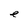
Character: e